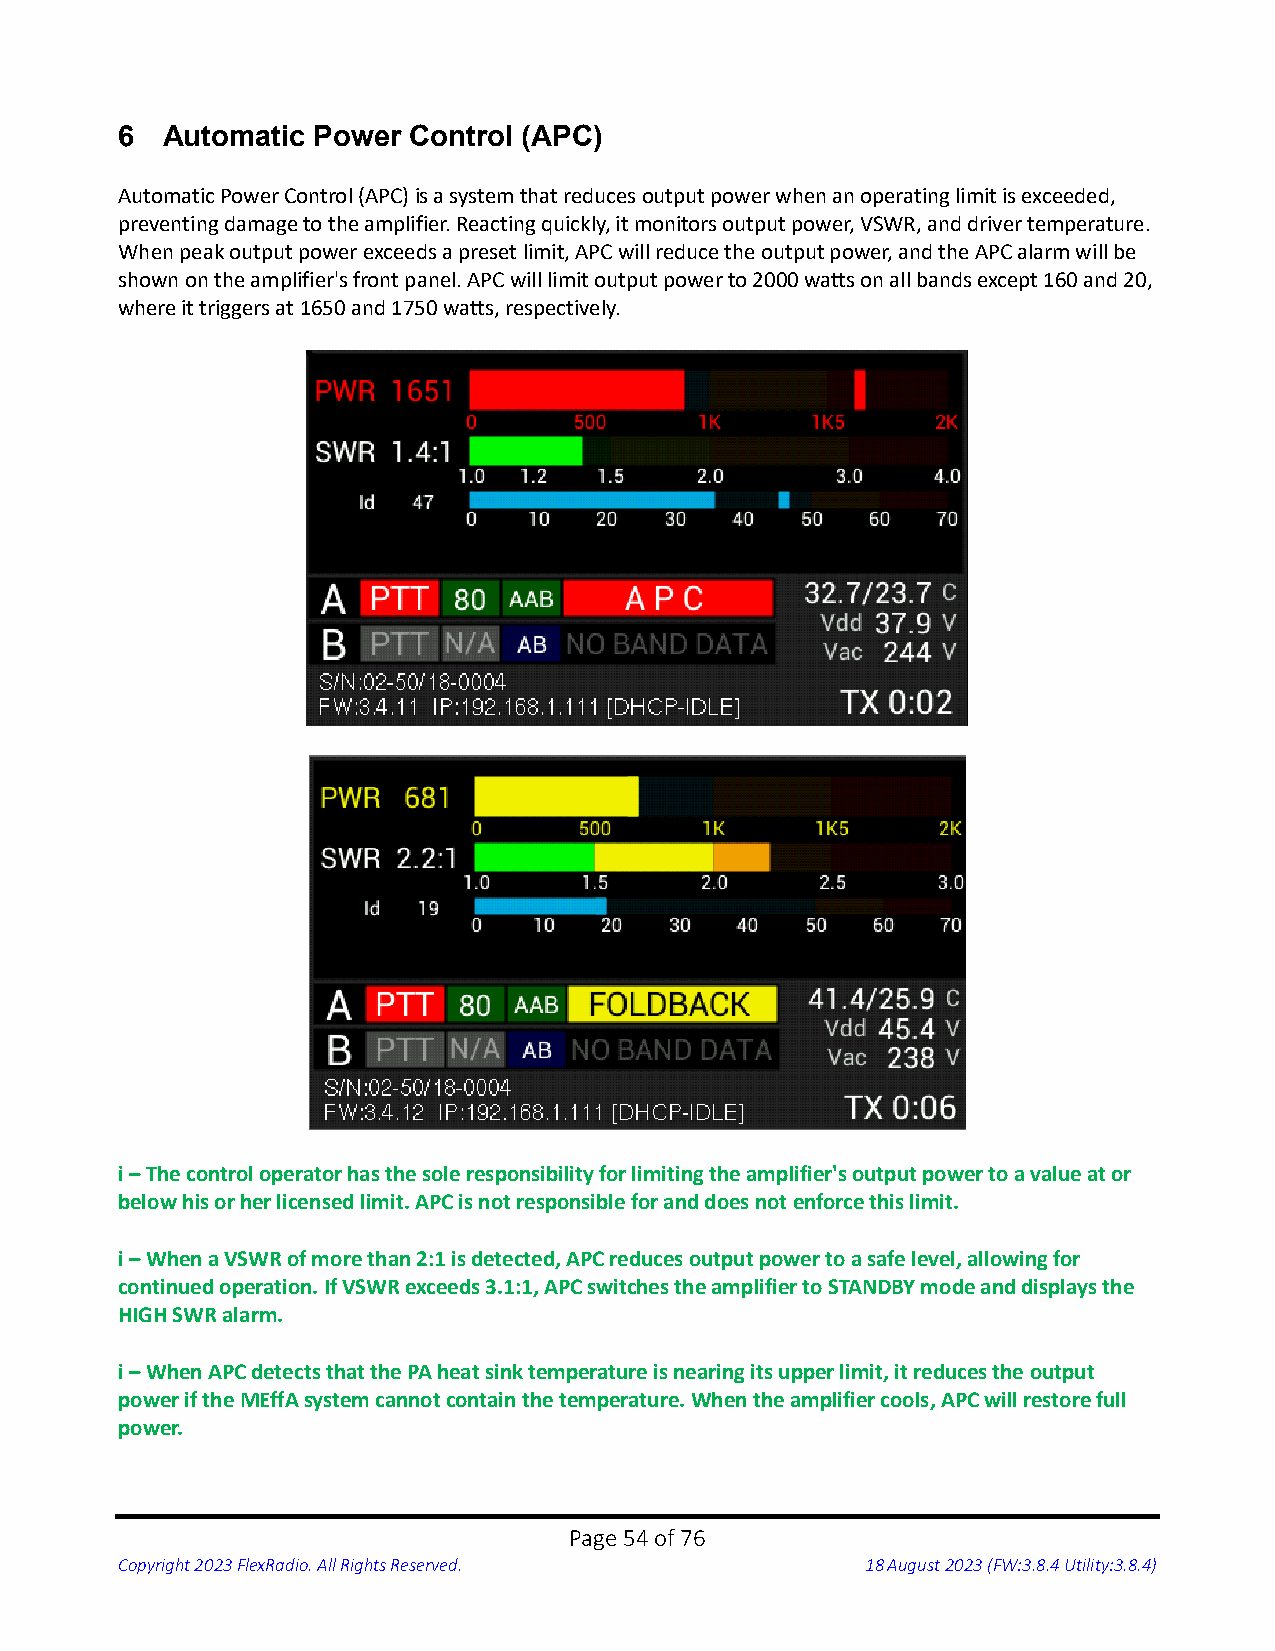
6  Automatic Power Control (APC)
 Automatic Power Control (APC) is a system that reduces output power when an operating limit is exceeded,
 preventing damage to the amplifier. Reacting quickly, it monitors output power, VSWR, and driver temperature.
 When peak output power exceeds a preset limit, APC will reduce the output power, and the APC alarm will be
 shown on the amplifier's front panel. APC will limit output power to 2000 watts on all bands except 160 and 20,
 where it triggers at 1650 and 1750 watts, respectively.
 i – The control operator has the sole responsibility for limiting the amplifier's output power to a value at or
 below his or her licensed limit. APC is not responsible for and does not enforce this limit.
 i – When a VSWR of more than 2:1 is detected, APC reduces output power to a safe level, allowing for
 continued operation. If VSWR exceeds 3.1:1, APC switches the amplifier to STANDBY mode and displays the
 HIGH SWR alarm.
 i – When APC detects that the PA heat sink temperature is nearing its upper limit, it reduces the output
 power if the MEffA system cannot contain the temperature. When the amplifier cools, APC will restore full
 power.
 Page 54 of 76
 Copyright 2023 FlexRadio. All Rights Reserved.   18 August 2023 (FW:3.8.4 Utility:3.8.4)